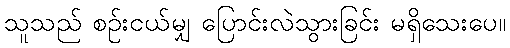
သူသည် စဉ်းငယ်မျှ ပြောင်းလဲသွားခြင်း မရှိသေးပေ။